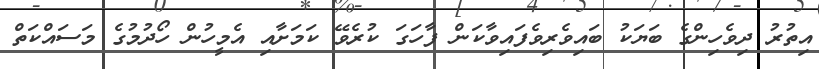
އިތުރު ދިވެހިންގެ ބަޔަކު ބައިވެރިވެފައިވާކަން ފާހަގަ ކުރެވޭ ކަމަށާއި އެމީހުން ހޯދުމުގެ މަސައްކަތް